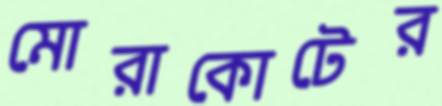
মোরাকোটের